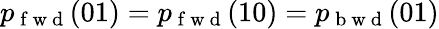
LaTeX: p_{\mathrm{~f~w~d~}}(01)=p_{\mathrm{~f~w~d~}}(10)=p_{\mathrm{~b~w~d~}}(01)